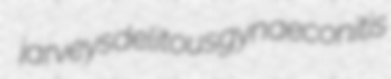
jarveys delitous gynaeconitis